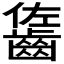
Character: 𪘓